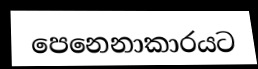
පෙනෙනාකාරයට